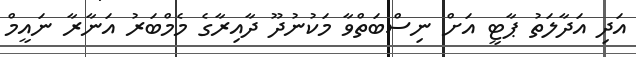
އަދި އަދާލަތު ޕާޓީ އަށް ނިސްބަތްވާ މަކުނުދޫ ދާއިރާގެ މެމްބަރު އަނާރާ ނައީމް